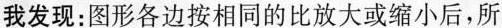
我发现：图形各边按相同的比放大或缩小后，所